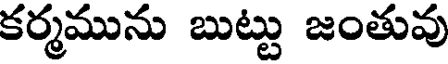
కర్మమును బుట్టు జంతువు